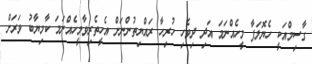
ގާސިމްއަކީ ހެޔޮލަފާ މީހެއްނަމަ އަދި ދިވެހި ހުރިހާ ރައްޔިތުންނަށް އެހީތެރިވާމީހެއްނަމަ ކާމިޔާބު ވަރަށް